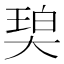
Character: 𰋨